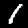
Label: 1